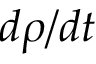
d \rho / d t